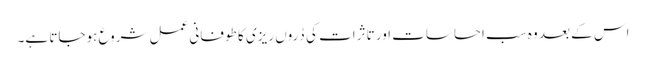
اس کے بعد وہ سب احساسات اور تاثرات کی دُروں ریزی کا طوفانی عمل شروع ہوجاتا ہے۔